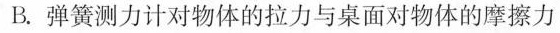
B.弹簧测力计对物体的拉力与桌面对物体的摩擦力